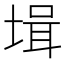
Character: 𡎎